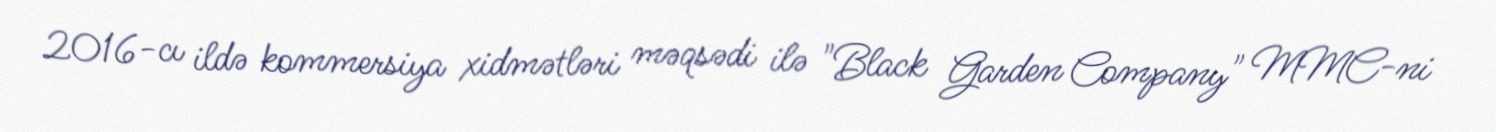
2016-cı ildə kommersiya xidmətləri məqsədi ilə "Black Garden Company" MMC-ni